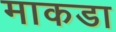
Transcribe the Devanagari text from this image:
माकडा